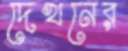
দেখনের